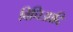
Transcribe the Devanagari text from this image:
विधिआदि